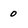
Character: 0